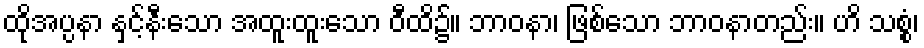
ထိုအပ္ပနာ နှင့်နီးသော အထူးထူးသော ဝီထိ၌။ ဘာဝနာ၊ ဖြစ်သော ဘာဝနာတည်း။ ဟိ သစ္စံ၊